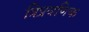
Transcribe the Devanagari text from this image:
त्रिप्रवणिक